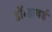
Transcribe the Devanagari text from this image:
डॉ॰हावर्ड